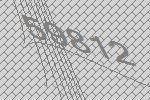
59812